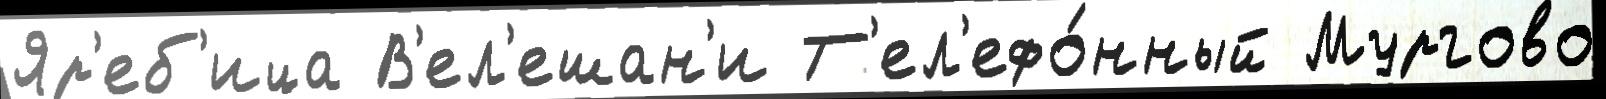
Яр'еб'ица В'ел'ешан'и Т'ел'ефо́нный Мургово